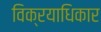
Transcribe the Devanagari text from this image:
विक्रयाधिकार